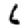
Digit: 6